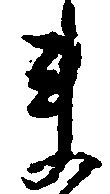
ま